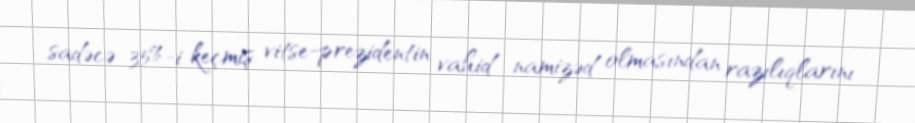
sadəcə 35%-i keçmiş vitse-prezidentin vahid namizəd olmasından razılıqlarını